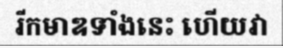
រីកមាឌទាំងនេះ ហើយវា